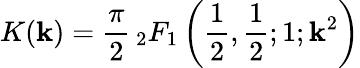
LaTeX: K(\mathbf{k})={\frac{{\pi}}{{2}}}\, _{2}F_{1}\left({\frac{{1}}{{2}}},{\frac{{1}}{{2}}};1;\mathbf{k}^{2}\right)